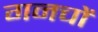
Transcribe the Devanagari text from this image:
गनचों